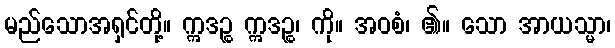
မည်သောအရှင်တို့။ ဣဒဉ္စ ဣဒဉ္စ၊ ကို။ အဝစံ၊ ၏။ သော အာယသ္မာ၊